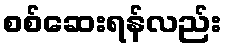
စစ်ဆေးရန်လည်း